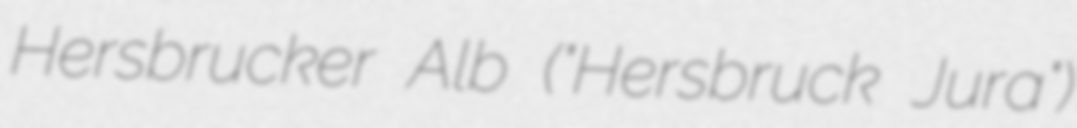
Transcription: Hersbrucker Alb ("Hersbruck Jura")